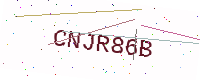
Text: CNJR86B